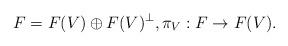
LaTeX: \begin{align*}F=F(V)\oplus F(V)^{\bot},\pi_V:F\rightarrow F(V).\end{align*}